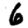
Digit: 6